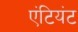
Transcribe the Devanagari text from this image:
एंटियंट